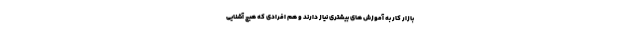
بازار کار به آموزش های بیشتری نیاز دارند و هم افرادی که هیچ آشنایی